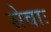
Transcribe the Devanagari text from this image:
सेवाः